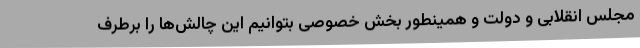
مجلس انقلابی و دولت و همینطور بخش خصوصی بتوانیم این چالش‌ها را برطرف